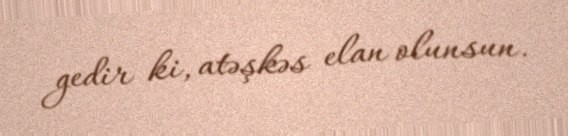
gedir ki, atəşkəs elan olunsun.